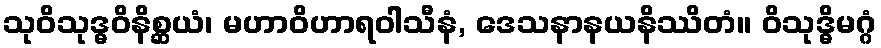
သုဝိသုဒ္ဓဝိနိစ္ဆယံ၊ မဟာဝိဟာရဝါသီနံ, ဒေသနာနယနိဿိတံ။ ဝိသုဒ္ဓိမဂ္ဂံ